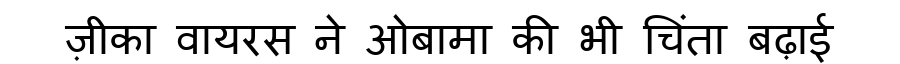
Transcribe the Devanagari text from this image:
ज़ीका वायरस ने ओबामा की भी चिंता बढ़ाई